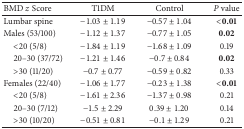
<table><thead><tr><td><b>BMD <i>z</i> Score </b></td><td><b>T1DM</b></td><td><b>Control</b></td><td><b><i>P</i> value</b></td></tr></thead><tbody><tr><td>Lumbar spine</td><td>−1.03 ± 1.19</td><td>−0.57 ± 1.04</td><td><b>&lt;0.01</b></td></tr><tr><td>Males (53/100)</td><td>−1.12 ± 1.37</td><td>−0.77 ± 1.05</td><td><b>0.02</b></td></tr><tr><td> &lt;20 (5/8)</td><td>−1.84 ± 1.19</td><td>−1.68 ± 1.09</td><td>0.19</td></tr><tr><td> 20–30 (37/72)</td><td>−1.21 ± 1.46</td><td>−0.7 ± 0.84</td><td><b>0.02</b></td></tr><tr><td> &gt;30 (11/20)</td><td>−0.7 ± 0.77</td><td>−0.59 ± 0.82</td><td>0.33</td></tr><tr><td>Females (22/40)</td><td>−1.06 ± 1.77</td><td>−0.23 ± 1.38</td><td><b>&lt;0.01</b></td></tr><tr><td> &lt;20 (5/8)</td><td>−1.61 ± 2.36</td><td>−1.37 ± 0.98</td><td>0.21</td></tr><tr><td> 20–30 (7/12)</td><td>−1.5 ± 2.29</td><td>0.39 ± 1.20</td><td>0.14</td></tr><tr><td> &gt;30 (10/20)</td><td>−0.51 ± 0.81</td><td>−0.1 ± 1.29</td><td>0.21</td></tr></tbody></table>